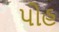
પોહ